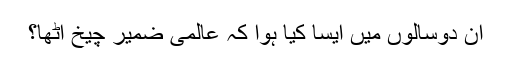
ان دوسالوں میں ایسا کیا ہوا کہ عالمی ضمیر چیخ اٹھا؟